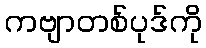
ကဗျာတစ်ပုဒ်ကို